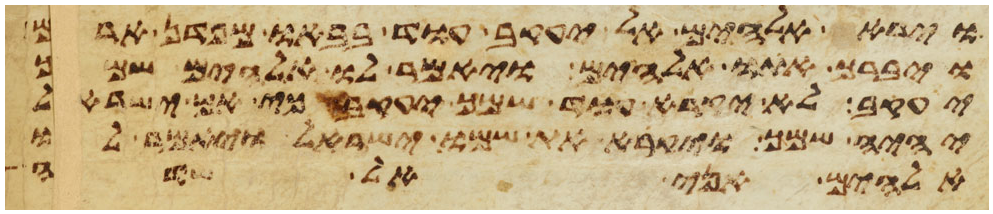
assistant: וירא אלהים אל יעקב עוד בבאו מפדן ארם
ויברך אתו אלהים ויאמר לו אלהים שמך
יעקב לא יקרא עוד שמך יעקב כי אם ישראל
יהיה שמך ויקרא את שמו ישראל ויאמר לו
אלהים אני אל שדי